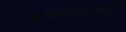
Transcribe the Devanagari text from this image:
पुरुषवाचकही